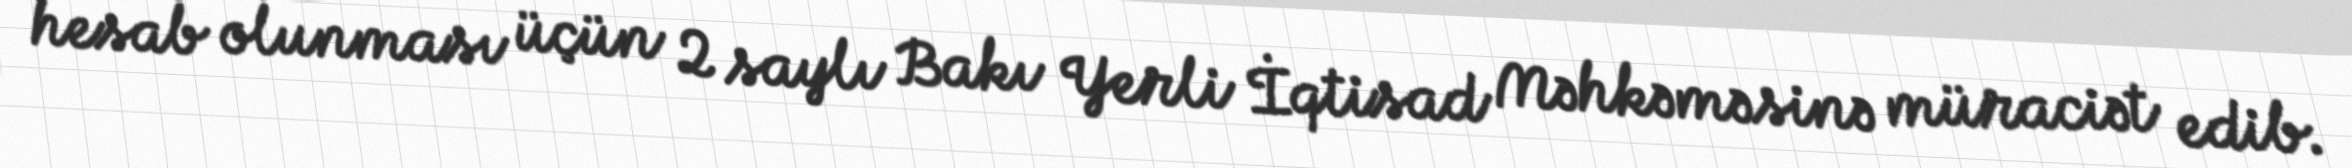
hesab olunması üçün 2 saylı Bakı Yerli İqtisad Məhkəməsinə müraciət edib.